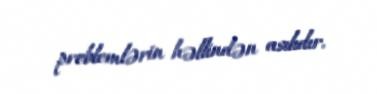
problemlərin həllindən asılıdır.